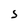
Character: S